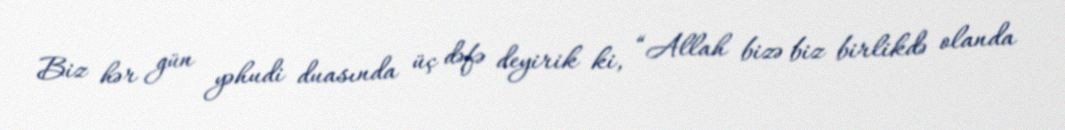
Biz hər gün yəhudi duasında üç dəfə deyirik ki, “Allah bizə biz birlikdə olanda